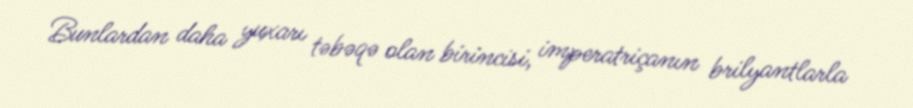
Bunlardan daha yuxarı təbəqə olan birincisi, imperatriçanın brilyantlarla